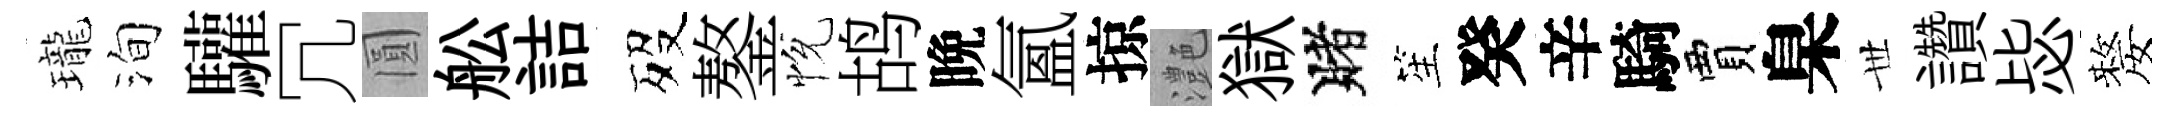
瓏洵驩冗圓舩詰歿鏊恱鸪晩氳掠灔獄賭笙癸辛騎賈臬𠀍讚毖嫠